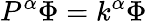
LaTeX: P^{\alpha}\Phi=k^{\alpha}\Phi